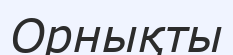
Орнықты